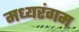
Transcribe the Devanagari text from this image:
मध्यरंगम